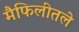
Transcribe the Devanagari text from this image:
मैफिलीतले